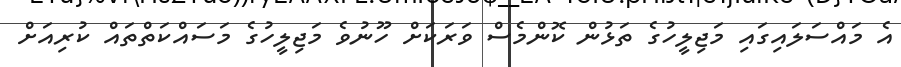
އެ މައްސަލައިގައި މަޖިލީހުގެ ތަޅުން ކޮންމެސް ވަރަކަށް ހޫނުވެ މަޖިލީހުގެ މަސައްކަތްތައް ކުރިއަށް